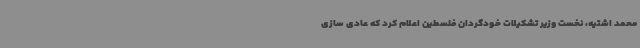
محمد اشتیه، نخست وزیر تشکیلات خودگردان فلسطین اعلام کرد که عادی سازی